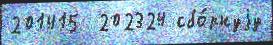
201415  202324 сбо́рнуjу